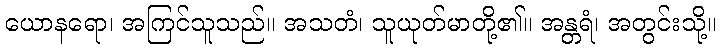
ယောနရော၊ အကြင်သူသည်။ အသတံ၊ သူယုတ်မာတို့၏။ အန္တရံ၊ အတွင်းသို့။